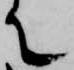
て